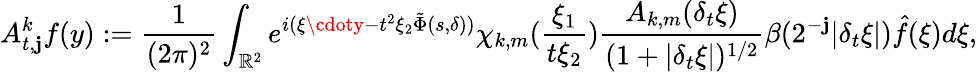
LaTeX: A_{t,\mathbf{j}}^{k}f(y):=\frac{{1}}{{(2\pi)^{2}}}\int_{{\mathbb{{R}}}^{2}}e^{i(\xi\cdoty-t^{2}\xi_{2}\tilde{{\Phi}}(s,\delta))}\chi_{k,m}(\frac{{\xi_{1}}}{{t\xi_{2}}})\frac{{A_{k,m}(\delta_{t}\xi)}}{{(1+|\delta_{t}\xi|)^{1/2}}}\beta(2^{-\mathbf{j}}|\delta_{t}\xi|)\hat{{f}}(\xi)d\xi,